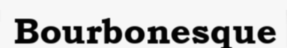
Bourbonesque